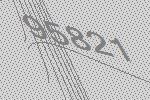
95821